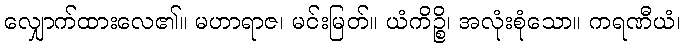
လျှောက်ထားလေ၏။ မဟာရာဇ၊ မင်းမြတ်။ ယံကိဉ္စိ၊ အလုံးစုံသော။ ကရဏီယံ၊